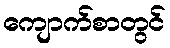
ကျောက်စာတွင်